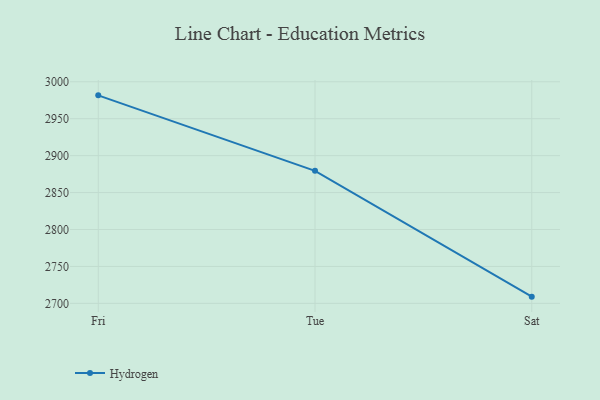
{"axis": {"x": "Day", "y": "Active Users"}, "legend": ["Hydrogen"], "data": [{"x": "Fri", "y": 2981.6, "type": "Hydrogen"}, {"x": "Tue", "y": 2879.4, "type": "Hydrogen"}, {"x": "Sat", "y": 2709.1, "type": "Hydrogen"}]}